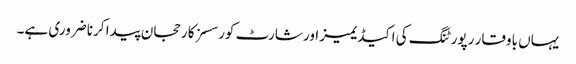
یہاں باوقار رپورٹنگ کی اکیڈیمیز اور شارٹ کورسسز کا رحجان پیدا کرنا ضروری ہے۔